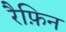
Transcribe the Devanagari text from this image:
रैफ़िन